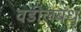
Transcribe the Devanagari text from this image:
वडीलबंधु